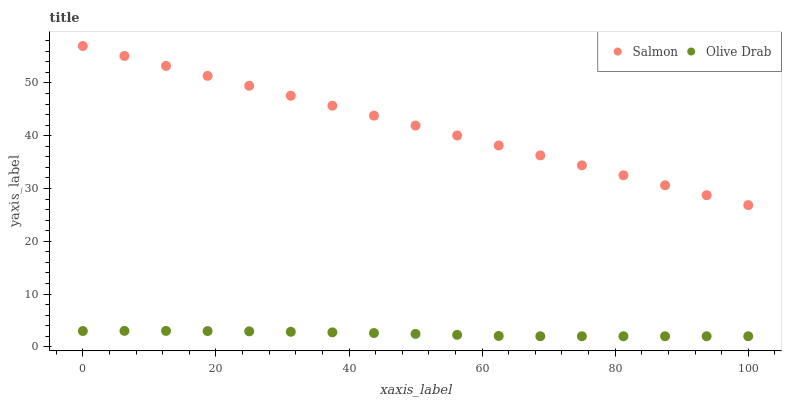
| xaxis_label | Salmon | Olive Drab |
 | --- | --- | --- |
 | 0 | 57 | 3 |
 | 6.25 | 55.1 | 3.02 |
 | 12.5 | 53.2 | 3.01 |
 | 18.8 | 51.3 | 2.98 |
 | 25 | 49.5 | 2.93 |
 | 31.2 | 47.6 | 2.85 |
 | 37.5 | 45.7 | 2.74 |
 | 43.8 | 43.8 | 2.61 |
 | 50 | 41.9 | 2.45 |
 | 56.2 | 40 | 2.27 |
 | 62.5 | 38.2 | 2.06 |
 | 68.8 | 36.3 | 2 |
 | 75 | 34.4 | 2 |
 | 81.2 | 32.5 | 2 |
 | 87.5 | 30.6 | 2 |
 | 93.8 | 28.7 | 2 |
 | 100 | 26.9 | 2 |